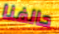
حالفنا